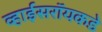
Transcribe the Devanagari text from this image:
व्हाईसरॉयकडे